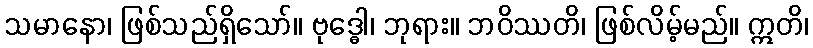
သမာနော၊ ဖြစ်သည်ရှိသော်။ ဗုဒ္ဓေါ၊ ဘုရား။ ဘဝိဿတိ၊ ဖြစ်လိမ့်မည်။ ဣတိ၊